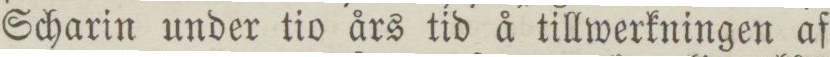
Scharin under tio års tid å tillwerkningen af